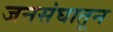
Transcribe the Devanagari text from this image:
जनसंघातून